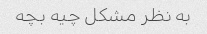
به نظر مشکل چیه بچه